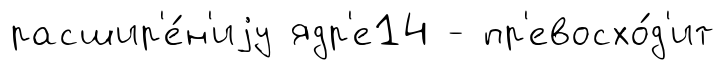
расшир'е́н'иjу ядр'е14 - пр'евосхо́д'ит